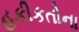
હકીકતોના